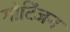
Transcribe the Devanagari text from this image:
गोटिंजन